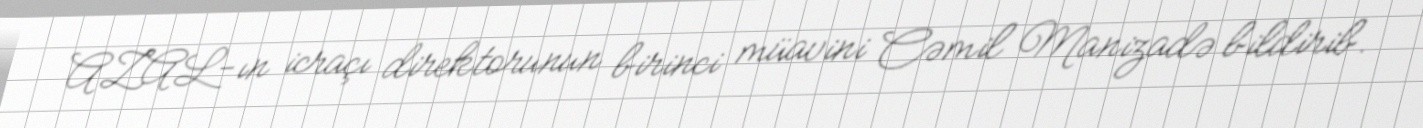
AZAL-ın icraçı direktorunun birinci müavini Cəmil Manizadə bildirib.